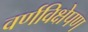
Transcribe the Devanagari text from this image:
वर्णविक्षेपण